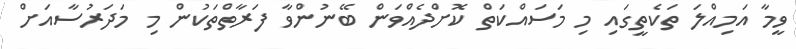
ވީމާ އަމިއްލަ ތަކެތީގައި މި މަސައްކަތް ކޮށްދެއްވަން ބޭނުންވާ ފަރާތްތަކުން މި މަދަރުސާއަށް